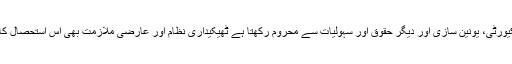
انہیں سوشل سکیورٹی، یونین سازی اور دیگر حقوق اور سہولیات سے محروم رکھتا ہے ٹھیکیداری نظام اور عارضی ملازمت بھی اس استحصال کا اہم ذریعہ ہے۔